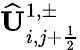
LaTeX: \widehat{\mathbf{U}}_{i,j+\frac{1}{2}}^{1,\pm}